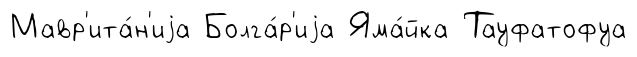
Мавр'ита́н'иjа Болга́р'иjа Яма́йка Тауфатофуа